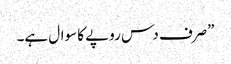
”صرف دس روپے کا سوال ہے۔